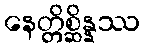
နေတ္တိစ္ဆိန္နဿ